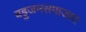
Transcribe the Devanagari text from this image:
बहुजनसमाजात